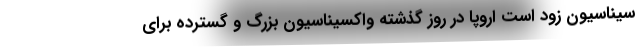
سیناسیون زود است اروپا در روز گذشته واکسیناسیون بزرگ و گسترده برای